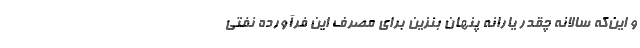
و این‌که سالانه چقدر یارانه پنهان بنزین برای مصرف این فرآورده نفتی